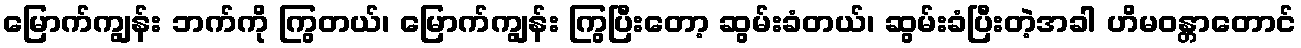
မြောက်ကျွန်း ဘက်ကို ကြွတယ်၊ မြောက်ကျွန်း ကြွပြီးတော့ ဆွမ်းခံတယ်၊ ဆွမ်းခံပြီးတဲ့အခါ ဟိမဝန္တာတောင်